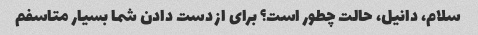
سلام، دانیل، حالت چطور است؟ برای از دست دادن شما بسیار متاسفم